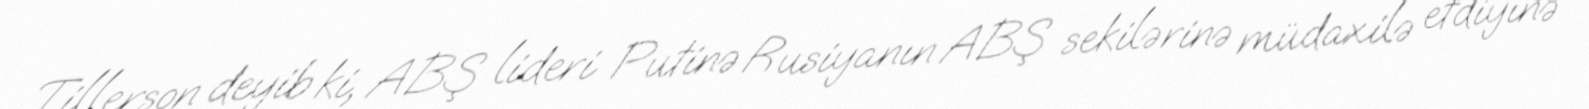
Tillerson deyib ki, ABŞ lideri Putinə Rusiyanın ABŞ sekilərinə müdaxilə etdiyinə